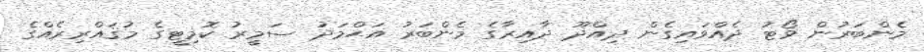
މެންބަރުން ވޯޓު ދެއްވައިގެން ދިއްދޫ ދާއިރާގެ މެންބަރު އަޙްމަދު ސަމީރު ކޮމިޓީގެ މުޤައްރިރެއްގެ